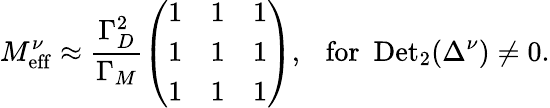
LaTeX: M_{\mathrm{eff}}^{\nu}\approx\frac{\Gamma_{D}^{2}}{\Gamma_{M}}\left(\begin{array}{ccc}{{1}}&{{1}}&{{1}}\\ {{1}}&{{1}}&{{1}}\\ {{1}}&{{1}}&{{1}}\end{array}\right),\ \ \ \mathrm{for}\ \ \mathrm{Det}_{2}(\Delta^{\nu})\ne 0.